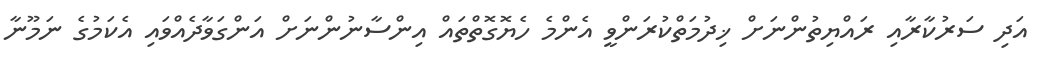
އަދި ސަރުކާރާއި ރައްޔިތުންނަށް ޚިދުމަތްކުރަންވީ އެންމެ ހެޔޮގޮތްތައް އިންސާނުންނަށް އަންގަވާދެއްވައި އެކަމުގެ ނަމޫނާ